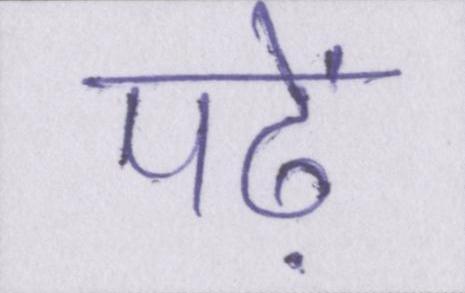
पढ़ें